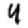
Digit: 4